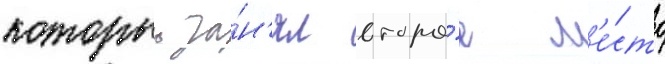
которыи за́н'ял второ́е м'е́сто